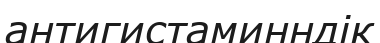
антигистаминндік